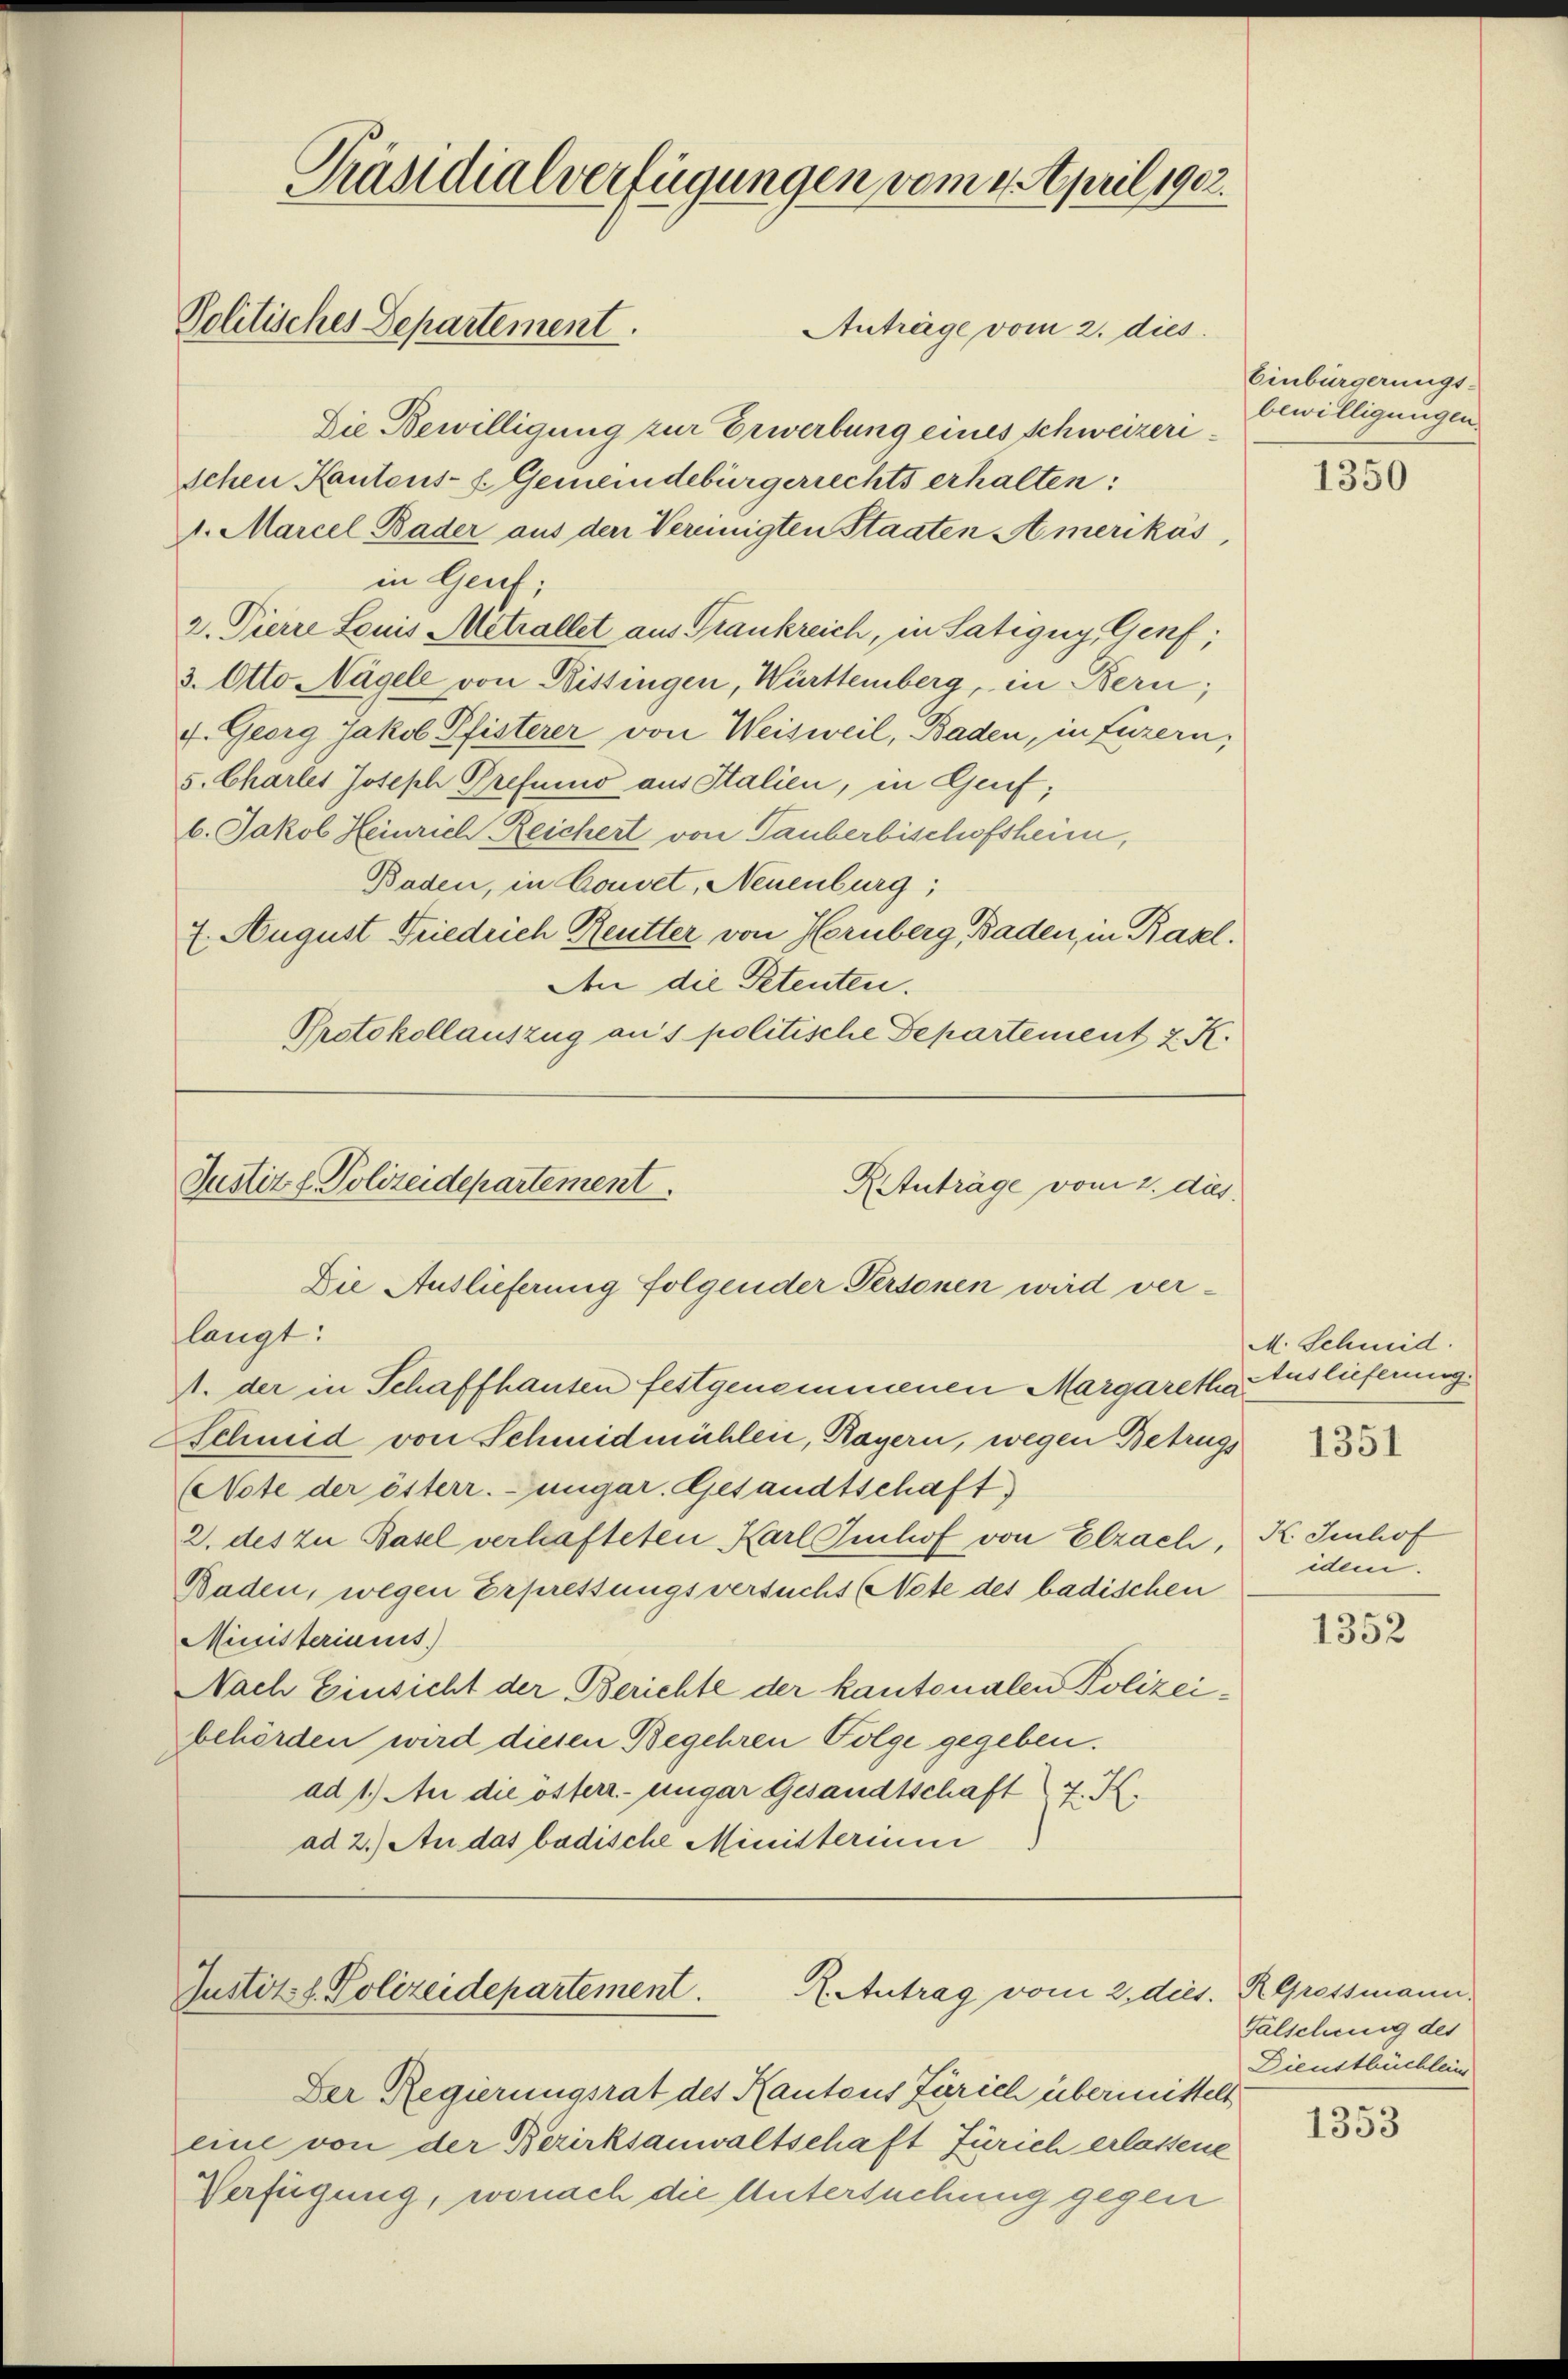
Präsidialverfügungen vom 4. April 1902.
Politisches Departement.
Anträge vom 2. dies

Die Bewilligung zur Erwerbung eines Schweizeri¬
Schen Kantons- & Gemeindebürgerrechts erhalten:
. Marcel Bader aus den Vereinigten Staaten Amerikas,
in Genf;
2. Pierre Louis Aetrallet aus Trankreich, in Satizug, Genf;
3. Otto Nagell von Bistingen, Württemberg, in Bern;
f. Georg Jakob Pfisterer von Weisweil, Baden, in Luzern,
5. Charler Joseph Prefuino aus Italien, in Genf;
6. Jakob Heinrich Reichert von Tauberbischofsheim,
Baden, in Convet, Neuenburg;
7. August Friedrich Reutter von Hornberg, Baden, in Basel.
Aen die Petenten.
Protokollauszug aus politische Departement 2. K.

langt:
1. der in Schaffhausen festgenommenen Margareth Auslieferung.
Schmid von Schmidmühlen, Ragern, wegen Betrugs
Note der österr.-ungar. Gesandtschaft)
2. des zu Basel verhafteten Karl Imhof von Elzach,
Baden, wegen Erpressungsversuchs (Note des badischen
Ministeriums
Nach Einsicht der Berichte der kantonalen Polizeibehörden wird diesen Begehren Folge gegeben.
ad 1.) An die österr.-ungar Gesandtschaft 7. K.
ad 2.) An das badische Ministerium

Justiz & Polizeidepartement
RAtuträge vom 2. dies
Die Auslieferung folgender Personen wird ver¬

A. Antrag vom 2. dies. R. Grossmann.
Justiz- & Polizeidepartement.

Der Regierungsrat des Kantons Zürich übermittelt
eine von der Bezirksanwaltschaft Zürich erlassene
Verfügung, wonach die Untersuchung gegen

Einbürgerungs-
bewilligungen.

1350

M. Schmid.

1351

K. Imhof
iden.

1352

Falschung des
Dienstbüchlein

1353